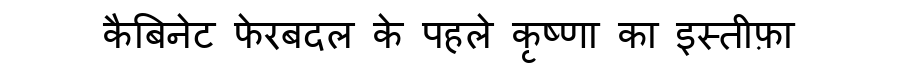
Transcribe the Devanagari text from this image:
कैबिनेट फेरबदल के पहले कृष्णा का इस्तीफ़ा